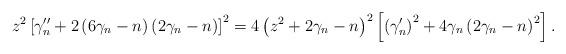
LaTeX: \begin{align*}z^{2}\left[ \gamma_{n}^{\prime\prime}+2\left( 6\gamma_{n}-n\right) \left(2\gamma_{n}-n\right) \right] ^{2}=4\left( z^{2}+2\gamma_{n}-n\right)^{2}\left[ \left( \gamma_{n}^{\prime}\right) ^{2}+4\gamma_{n}\left(2\gamma_{n}-n\right) ^{2}\right] . \end{align*}